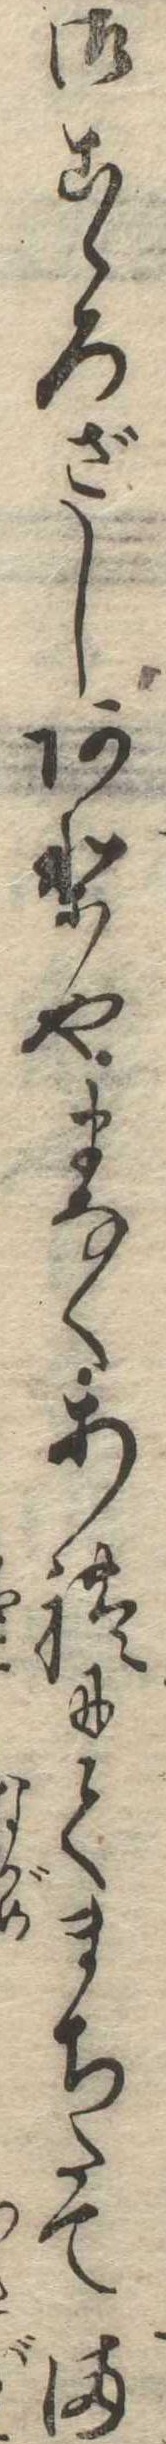
御こゝろざしありやまなくあれにてまちたてま